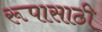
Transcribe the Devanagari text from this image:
रूपासाठी